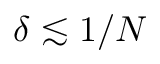
\delta \lesssim 1 / N